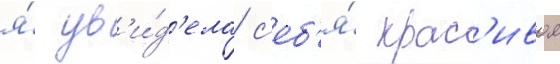
я́ ув'и́д'ела с'еб'я́ крас'ивои